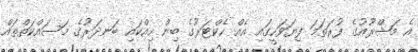
އެ މަޝްރޫއުގެ ފުރަތަމަ ފިޔަވަހީގައި އެއް ހެކްޓަރުގެ ބިން ހިއްކައި ބަނދަރުގެ މަސައްކަތްތައް